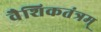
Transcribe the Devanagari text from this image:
वैशिकतंत्रम्